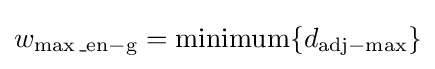
w_{\max {\rm {\_en-g}}}=\operatorname {minimum} \{d_{\mathrm {adj} -\max }\}